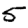
Digit: 5